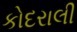
કોદરાલી